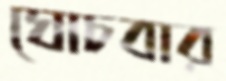
ঘোচবার